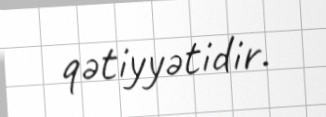
qətiyyətidir.